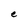
Character: e